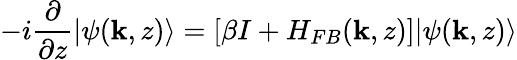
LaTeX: -i\frac{\partial}{\partial z}|\psi(\textbf{k},z)\rangle=[\beta I+H_{FB}(\textbf{k},z)]|\psi(\textbf{k},z)\rangle